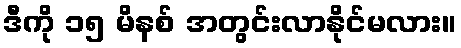
ဒီကို ၁၅ မိနစ် အတွင်းလာနိုင်မလား။